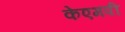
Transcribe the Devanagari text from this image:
केएमपी